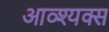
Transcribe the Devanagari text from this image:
आव्श्यक्स